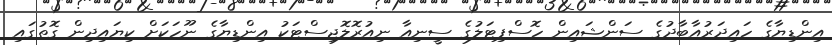
އިންޑިޔާގެ ހައިދަރުއާބާދުގެ ސަންޝައިން ހޮސްޕިޓަލުގެ ސީނިއާ ނިއުރޮލޮޖިސްޓަކު އިންޑިޔާގެ ނޫހަކަށް ކިޔައިދިން ގޮތުގައި